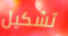
تشكيل